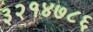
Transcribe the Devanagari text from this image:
३२१४७८६